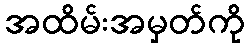
အထိမ်းအမှတ်ကို